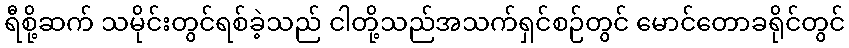
ရီစို့ဆက် သမိုင်းတွင်ရစ်ခဲ့သည် ငါတို့သည်အသက်ရှင်စဉ်တွင် မောင်တောခရိုင်တွင်